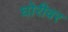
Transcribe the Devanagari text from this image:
घोरीवर